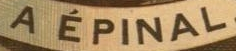
A EPINAL.